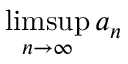
\operatorname* { l i m s u p } _ { n \to \infty } a _ { n }